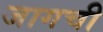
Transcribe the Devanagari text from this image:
जागची